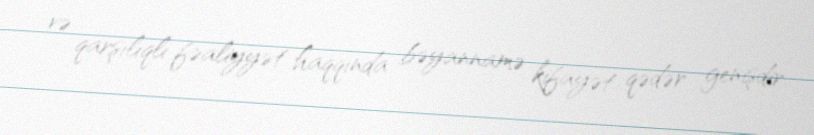
və qarşılıqlı fəaliyyət haqqında bəyannamə kifayət qədər genişdir.